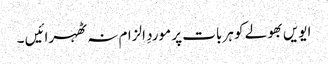
ایویں بھولے کو ہر بات پر موردِ الزام نہ ٹھہرائیں ۔